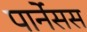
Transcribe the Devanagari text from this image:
पार्नेसस